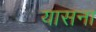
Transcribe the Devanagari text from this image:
यासना